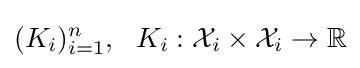
(K_{i})_{i=1}^{n},\ \ K_{i}:{\mathcal {X}}_{i}\times {\mathcal {X}}_{i}\to \mathbb {R}